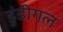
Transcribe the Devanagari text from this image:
डुंडीगल